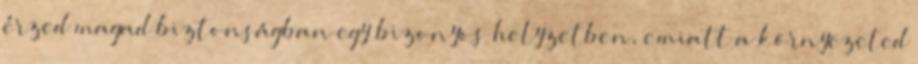
érzed magad biztonságban egy bizonyos helyzetben, emiatt a környezeted